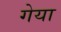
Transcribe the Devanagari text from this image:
गेया